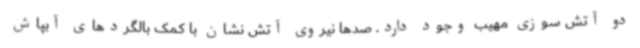
دو آتش سوزی مهیب وجود دارد. صدها نیروی آتش نشان با کمک بالگردهای آبپاش